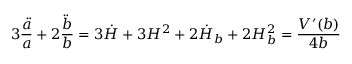
3 \frac { \ddot { a } } { a } + 2 \frac { \ddot { b } } { b } = 3 \dot { H } + 3 H ^ { 2 } + 2 \dot { H } _ { b } + 2 H _ { b } ^ { 2 } = \frac { V ^ { \prime } ( b ) } { 4 b }